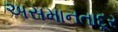
અસમાનતાદૂર